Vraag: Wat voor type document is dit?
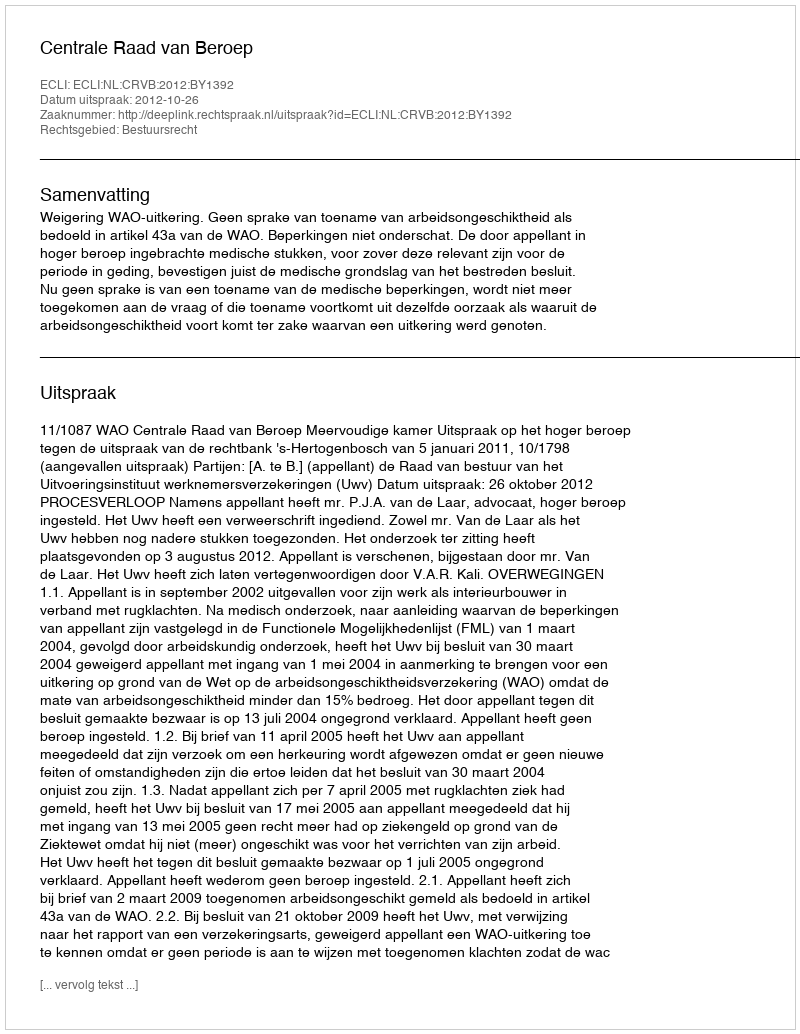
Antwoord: Uitspraak